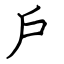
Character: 戶